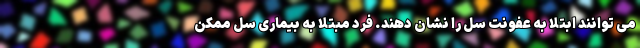
می توانند ابتلا به عفونت سل را نشان دهند. فرد مبتلا به بیماری سل ممکن